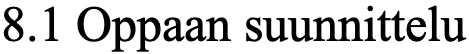
8.1 Oppaan suunnittelu